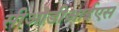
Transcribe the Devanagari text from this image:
सीओडीआईएस